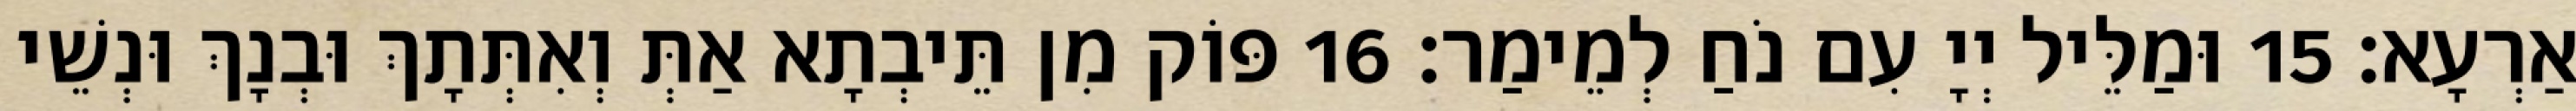
אַרְעָא׃ 15 וּמַלֵּיל יְיָ עִם נֹחַ לְמֵימַר׃ 16 פּוֹק מִן תֵּיבְתָא אַתְּ וְאִתְּתָךְ וּבְנָךְ וּנְשֵׁי